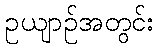
ဥယျာဉ်အတွင်း